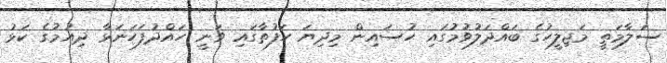
ސަލާމަތީ މަޖިލީހުގެ ބައްދަލުވުމުގައި ހުސައިން މިދިޔަ ހަފުތާގައި ވަނީ ހައްދުފަހަނަޅާ ދިއުމުގެ ކަޅު